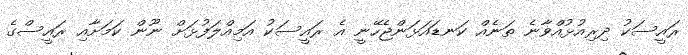
ރައީސަކު ދިރިއުޅުއްވާނެ ތަނެއް ކަނޑައަޅަންޖެހޭނީ އެ ރައީސަކު އަމިއްލަފުޅަށް ނޫން ކަމަށާއި ރައީސްގެ